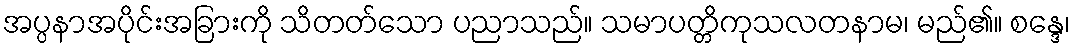
အပ္ပနာအပိုင်းအခြားကို သိတတ်သော ပညာသည်။ သမာပတ္တိကုသလတနာမ၊ မည်၏။ စန္ဒေ၊